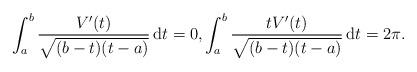
LaTeX: \begin{align*}\int_a^b \frac{V'(t)}{\sqrt{(b-t)(t-a)}} \,\mathrm dt =0, \int_a^b \frac{t V'(t)}{\sqrt{(b-t)(t-a)}} \, \mathrm dt =2 \pi. \end{align*}